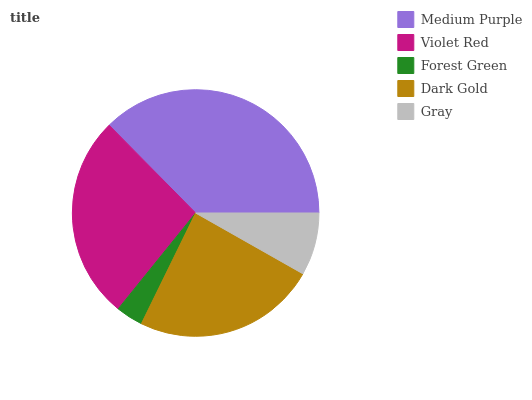
| Medium Purple | Violet Red | Forest Green | Dark Gold | Gray |
 | --- | --- | --- | --- | --- |
 | 37.4% | 26.8% | 3.57% | 24% | 8.22% |